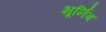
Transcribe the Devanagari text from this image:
भूर्निब